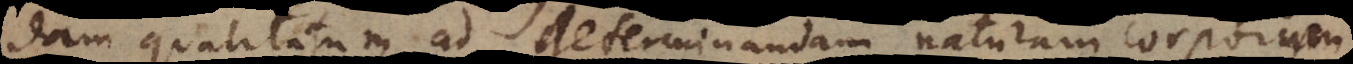
ndam qualitatum ad determinandam naturam corporum